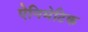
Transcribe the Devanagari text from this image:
ऐनिमेटिक